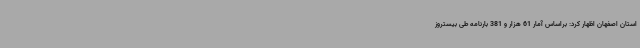
استان اصفهان اظهار کرد: براساس آمار 61 هزار و 381 بارنامه طی بیستروز